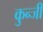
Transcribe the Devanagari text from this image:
कुन्जी